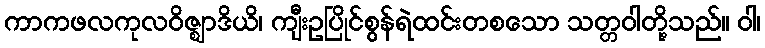
ကာကဖလကုလဝိဇ္ဈာဒိယိ၊ ကျီးဥပြိုင်စွန်ရဲထင်းတစသော သတ္တဝါတို့သည်။ ဝါ၊